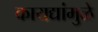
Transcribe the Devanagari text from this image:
कायद्यांमुळे